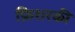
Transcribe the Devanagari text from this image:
फ़िशरकी